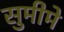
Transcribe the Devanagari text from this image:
सुमीमे